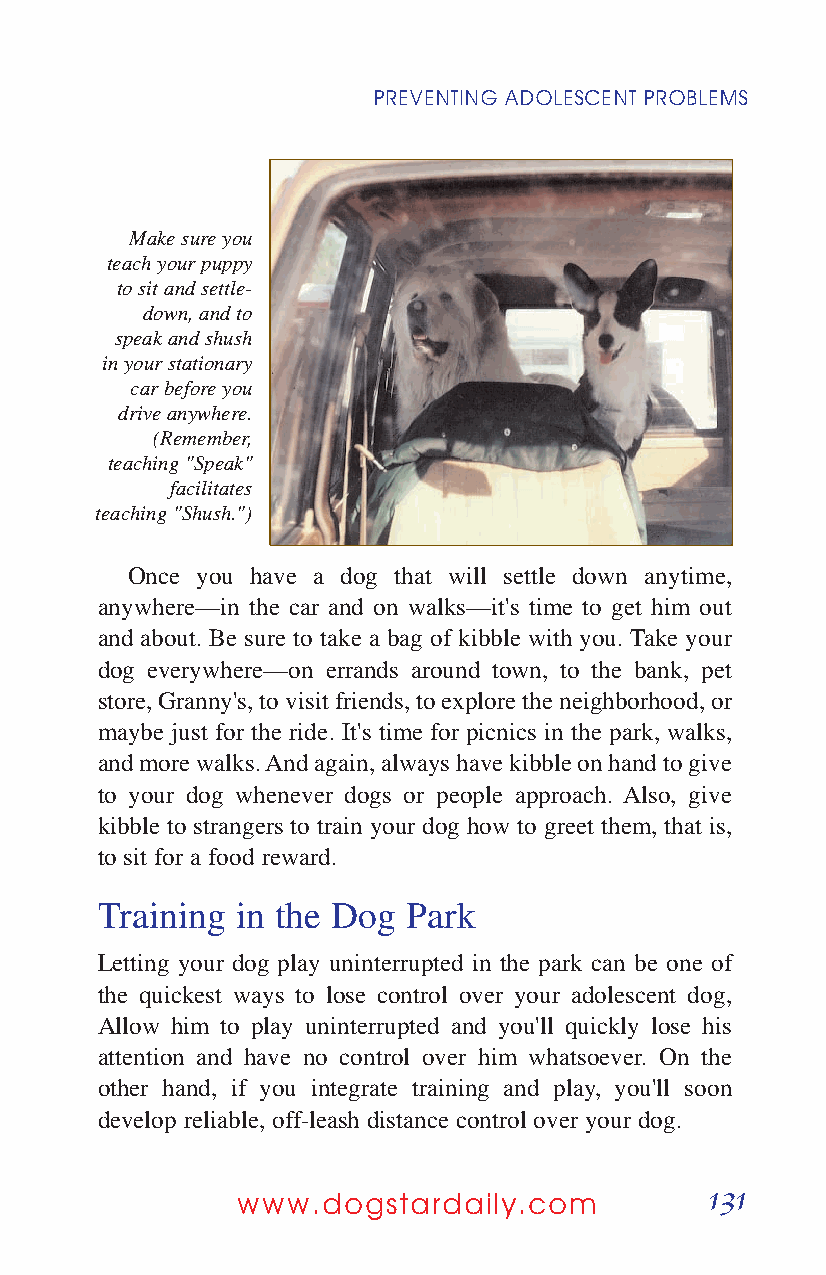
PREVENTING ADOLESCENT PROBLEMS
 Make sure you
 teach your puppy
 to sit and settle-
 down, and to
 speak and shush
 in your stationary
 car before you
 drive anywhere.
 (Remember,
 teaching "Speak"
 facilitates
 teaching "Shush.")
 Once you have a dog that will settle down anytime,
 anywhere—in the car and on walks—it's time to get him out
 and about. Be sure to take a bag of kibble with you. Take your
 dog everywhere—on errands around town, to the bank, pet
 store, Granny's, to visit friends, to explore the neighborhood, or
 maybe just for the ride. It's time for picnics in the park, walks,
 and more walks. And again, always have kibble on hand to give
 to your dog whenever dogs or people approach. Also, give
 kibble to strangers to train your dog how to greet them, that is,
 to sit for a food reward.
 Training  in the Dog Park
 Letting your dog play uninterrupted in the park can be one of
 the quickest ways to lose control over your adolescent dog,
 Allow him to play uninterrupted and you'll quickly lose his
 attention and have no control over him whatsoever. On the
 other hand, if you integrate training and play, you'll soon
 develop reliable, off-leash distance control over your dog.
 131
 www.dogstardaily.com